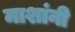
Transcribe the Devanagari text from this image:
माशांनी